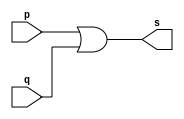
//--------------------------------------
//Exemplo0004 - OR
//Nome: Rafael Guimaraes de Sousa
//Matrcula: 451607
//---------------------------------------

//------------------
//-- or gate
//------------------

module orgate(output s,
					input p,q);
	assign s = p | q;
endmodule //orgate

//----------------
//-- test or gate
//----------------

module testorgate;
//------------- dados locais
	reg a,b; //definir registrador
	wire s; //definir conexo(fio)
	
//------------------- instancia
	orgate OR1(s,a,b);
//-------------------- preparao
	initial begin:start
			//atribuio simultnea
			//dos valores iniciais
		a=0;b=0;
	end
//--------------------- parte principal

	initial begin
		$display("Exemplo0004 - Rafael Guimaraes de Sousa - 451607");
		$display("Test OR gate");
		$display("\na | b = s\n");
		a=0;b=0;
		#1	$display("%b | %b = %b",a,b,s);
			a=0;b=1;
		#1	$display("%b | %b = %b",a,b,s);
			a=1;b=0;
		#1	$display("%b | %b = %b",a,b,s);
			a=1;b=1;
		#1	$display("%b | %b = %b",a,b,s);
	end

endmodule //testorgate